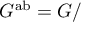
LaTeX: G ^ { \mathrm { a b } } = G /